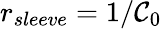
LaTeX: r_{sleeve}=1/\mathcal{C}_{0}